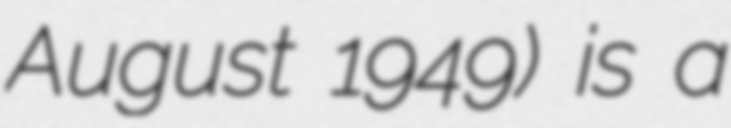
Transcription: August 1949) is a